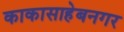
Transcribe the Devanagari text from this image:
काकासाहेबनगर